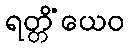
ရတ္တိံယေဝ